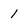
Character: 1